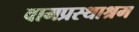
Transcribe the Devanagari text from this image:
वामप्रस्थाश्रम